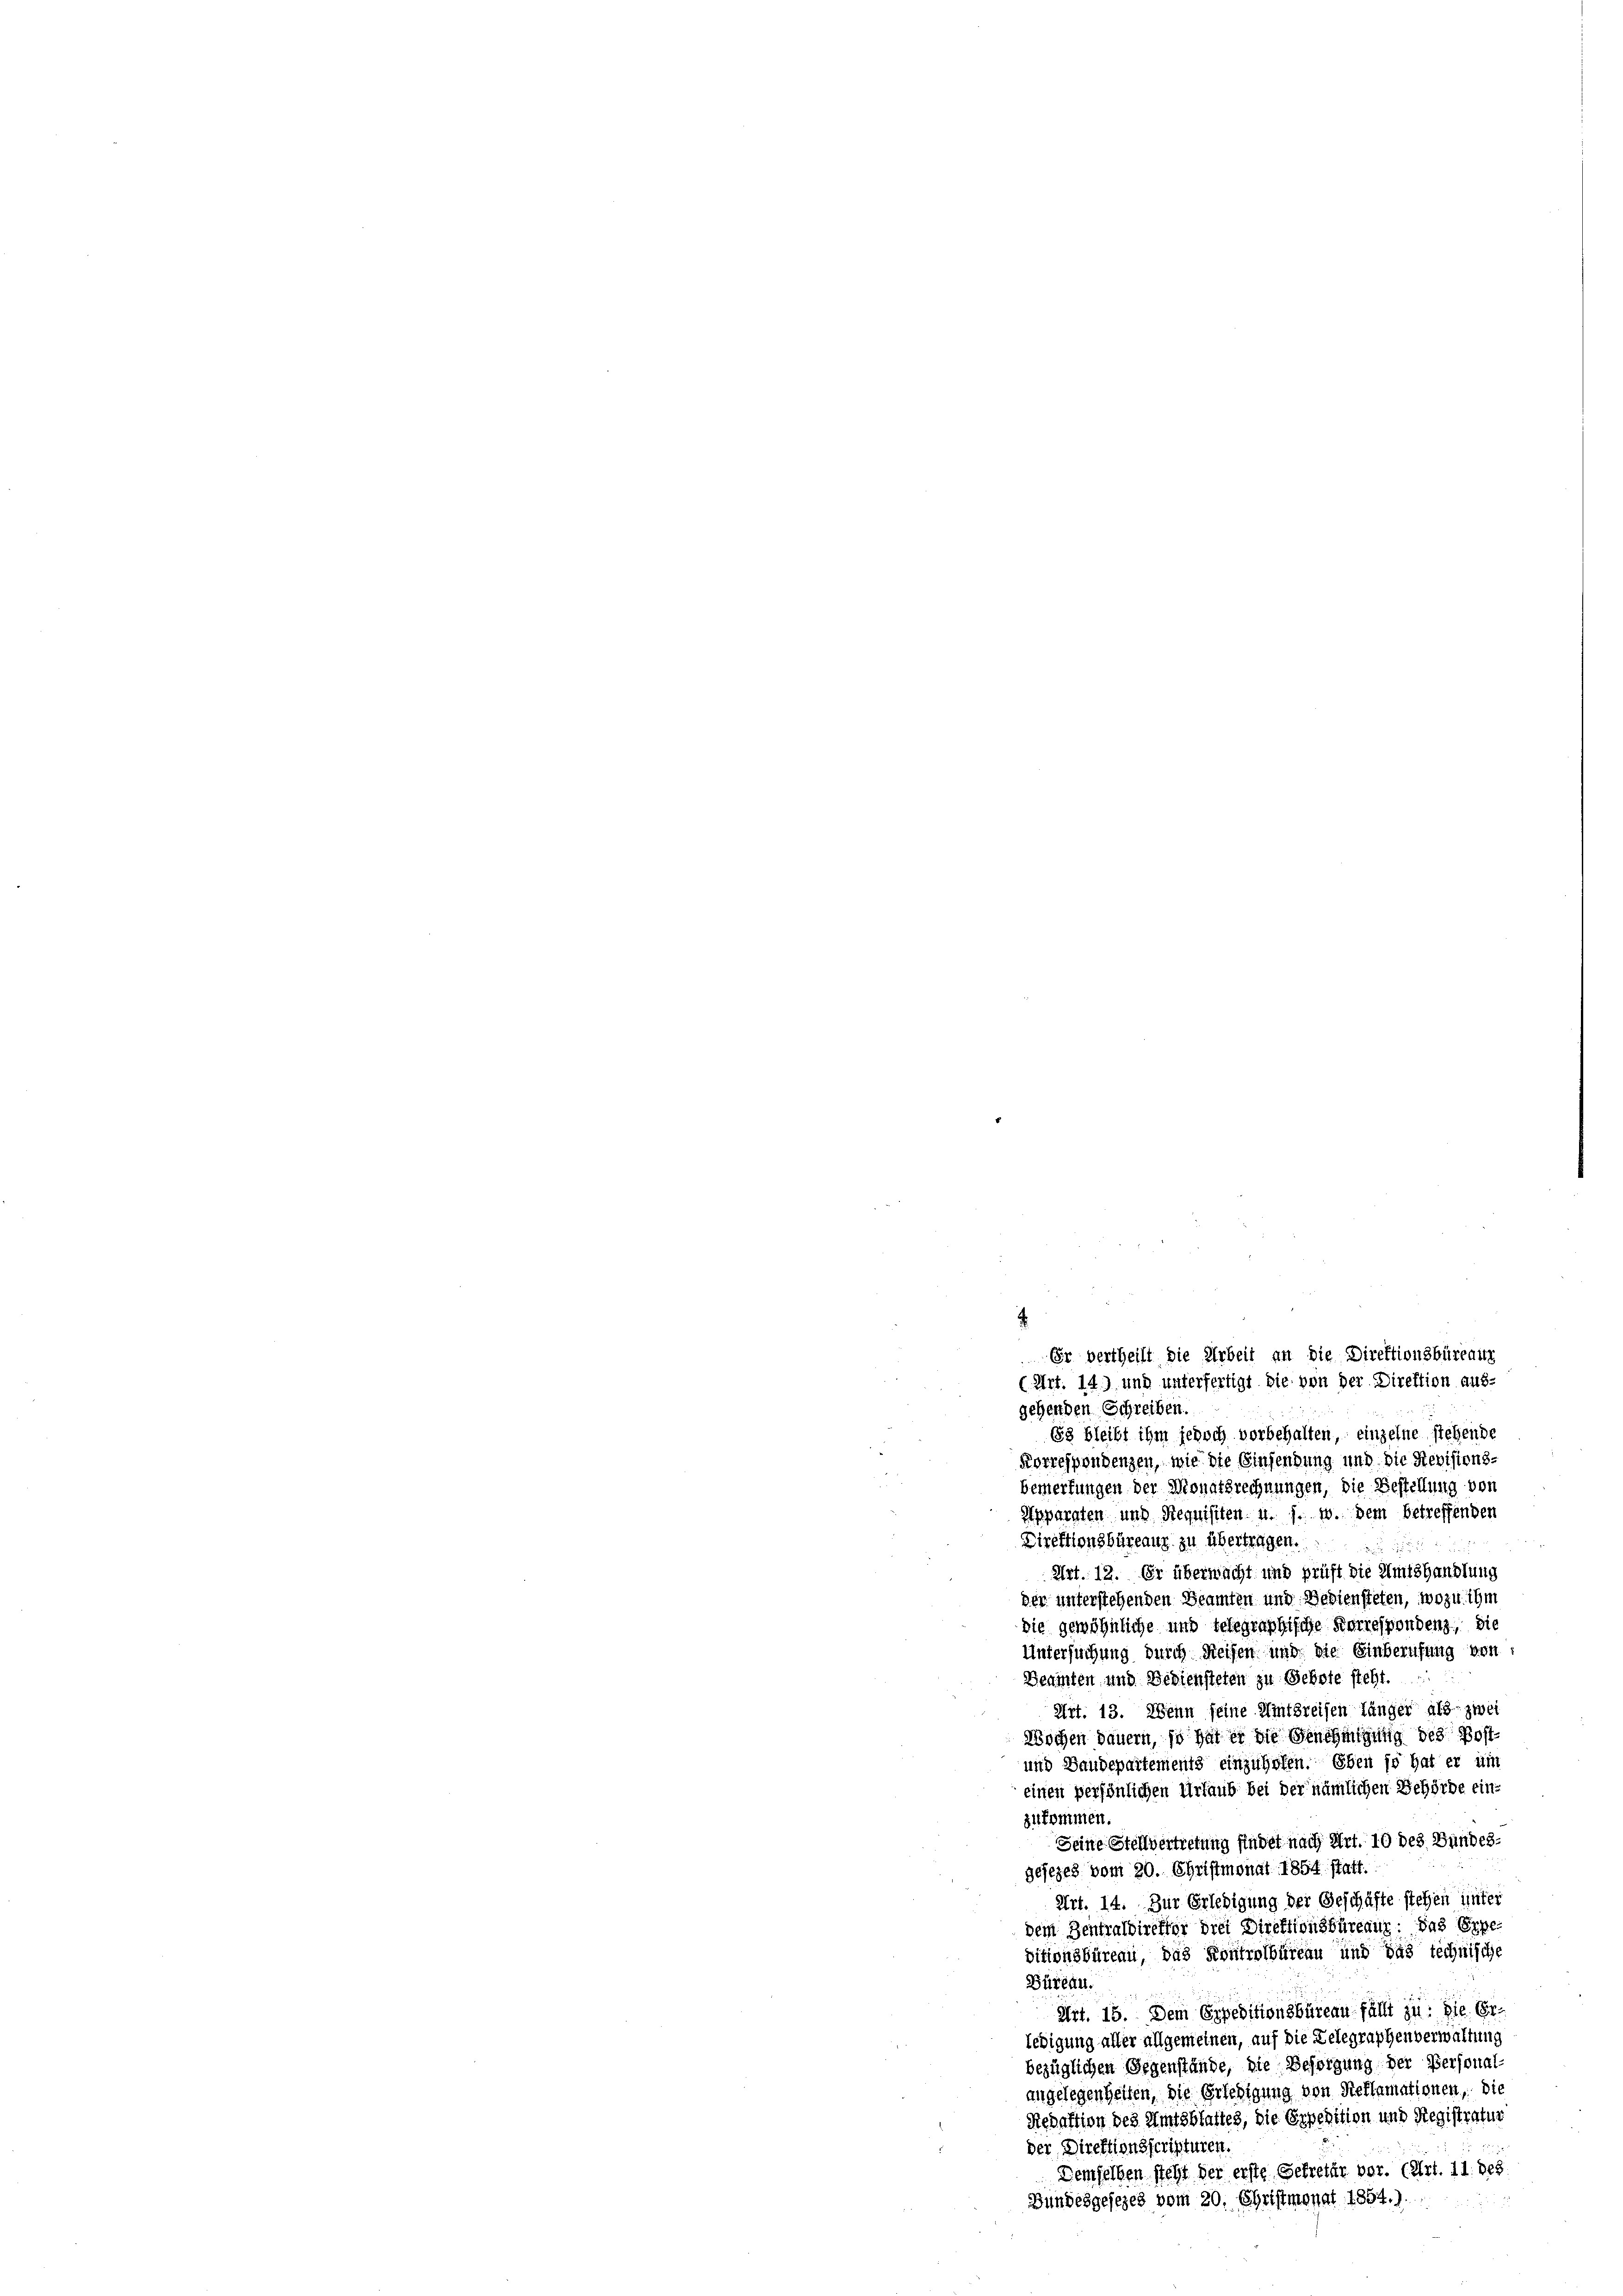
83 bleibt ihm jedoch vorbehalten, einzelne stehende
Korrespondenzen, wie die Einsendung und die Revisions-
3
Bemerkungen der Monatsrechnungen, die Bestellung von
Apparaten und Requisiten u. s. w. dem betreffenden
Direktionsbüreaug zu übertragen.

Art. 12. Er überwacht und prüft die Amtshandlung
der unterstehenden Beamten und Bediensteten, wozu ihm
die gewöhnliche und telegraphische Korrespondenz, die
Untersuchung durch Reisen und die Einberufung von
Deamten und Bediensteten zu Gebote steht.
Art. 13. Wenn seine Amtsreisen länger als zwei
Wochen bauern, so hat er die Genehmigung des Post¬
und Baudepartements einzuholen. Eben so hat er um
einen persönlichen Urlaub bei der nämlichen Behörde einzukommen.
Seine Stellvertretung findet nach Art. 10 des Bundes-
gesezes vom 20. Christmonat 1854 statt.
Art. 14. Zur Erledigung der Geschäfte stehen unter
dem Zentraldirektor die Direktionsbüreaur: Das Erpe-
ditionsbüreau, das Kontrolbüreau und das technische
Büreau.
Art. 15. Dem Expeditionsbüreau füllt zu: die Er
ledigung aller allgemeinen, auf die Gelegraphenverwaltung
bezüglichen Gegenstände, die Befolgung der Personal-
angelegenheiten, die Erledigung von Reflamationen, die
Redaktion des Amtsblattes, die Expedition und Registratur
der, Direktionsscripturen.
Demselben steht der erste Sekretär vor. (Art. 11. des
Bundesgesezes vom 20. Christmonat 1854.)

Er vertheilt die Arbeit an die Direktionsbüreauz
(Art. 14.) und unterfertigt die von der Direktion aus-
gehenden Schreiben.